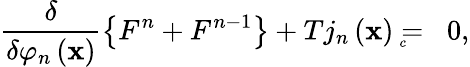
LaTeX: \frac\delta{\delta\varphi_{n}\left(\mathbf{x}\right)}\left\{ F^{n}+F^{n-1}\right\} +Tj_{n}\left(\mathbf{x}\right)={}_{{}_{\! \! \! \! \! \! \! c}}\; \, 0,